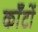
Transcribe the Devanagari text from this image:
कॉँटों